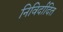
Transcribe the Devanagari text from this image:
निविर्दादित